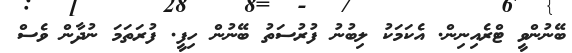
ބޭނުންވީ ޓްރެއިނިން. އެކަމަކު ލިބުނު ފުރުސަތު ބޭނުން ހިފީ. ފުރަތަމަ ނުދާން ވެސް